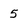
Character: 5